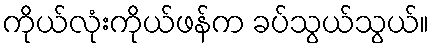
ကိုယ်လုံးကိုယ်ဖန်က ခပ်သွယ်သွယ်။